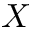
\cal { X }